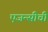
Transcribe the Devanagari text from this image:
एजन्सीची